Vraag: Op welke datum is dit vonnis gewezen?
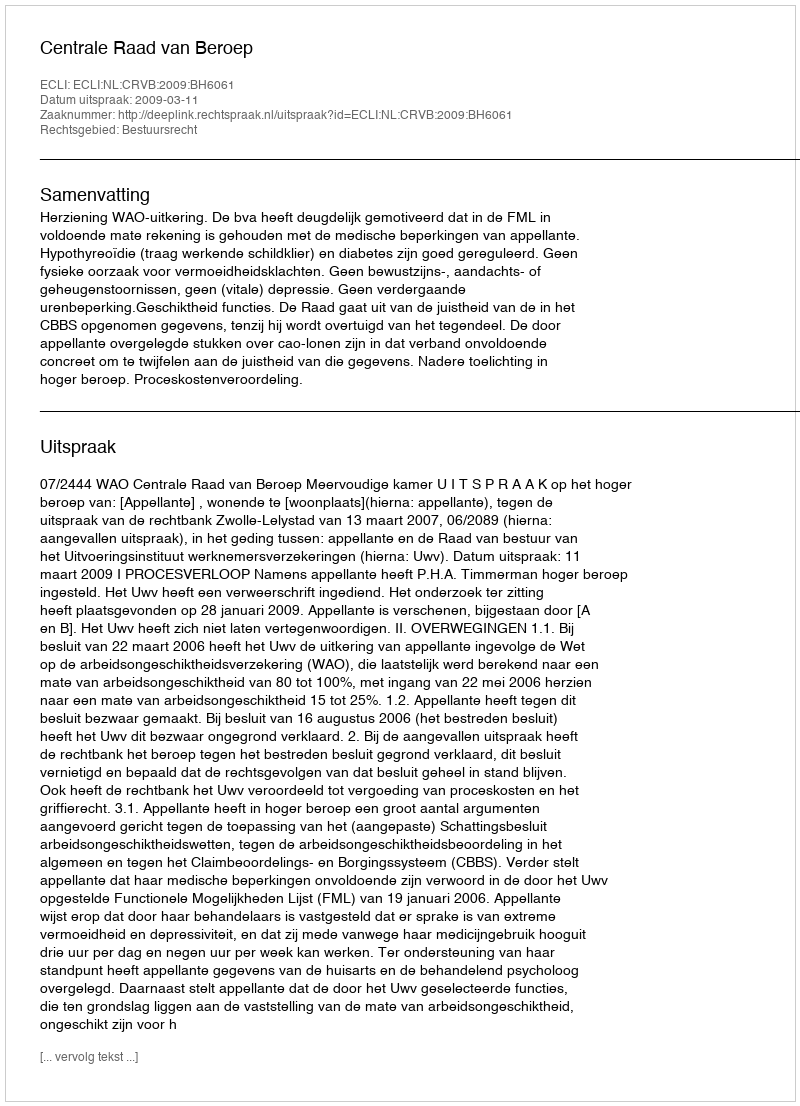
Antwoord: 2009-03-11